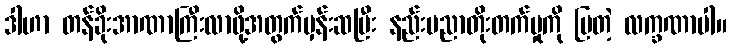
ဒါဟာ တန်ခိုးအာဏာကြီးလာဖို့အတွက်မှန်းဆပြီး နည်းပညာတိုးတက်မှုကို ပြတဲ့ လက္ခဏာပါ။